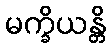
မက္ခိယန္တိ